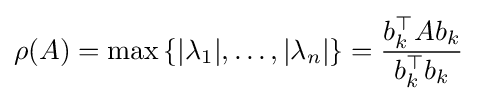
\rho (A)=\max \left\{|\lambda _{1}|,\dotsc ,|\lambda _{n}|\right\}={\frac {b_{k}^{\top }Ab_{k}}{b_{k}^{\top }b_{k}}}